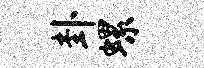
卦螺